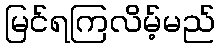
မြင်ရကြလိမ့်မည်